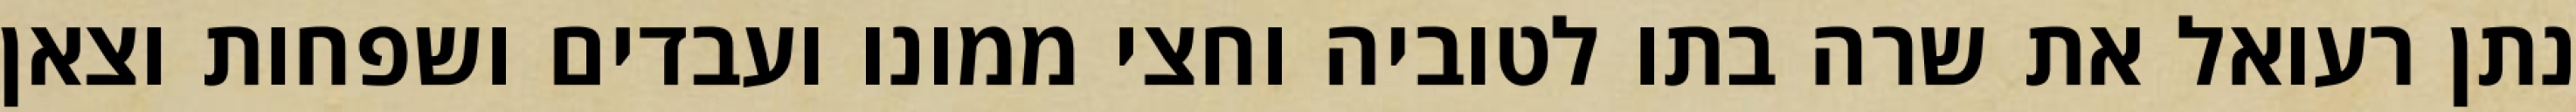
נתן רעואל את שרה בתו לטוביה וחצי ממונו ועבדים ושפחות וצאן